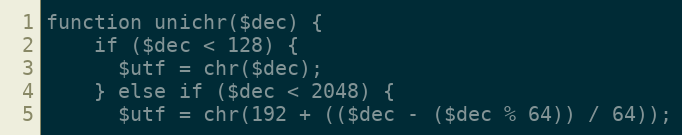
Language: PHP
function unichr($dec) {
    if ($dec < 128) {
      $utf = chr($dec);
    } else if ($dec < 2048) {
      $utf = chr(192 + (($dec - ($dec % 64)) / 64));